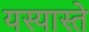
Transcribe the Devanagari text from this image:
यस्यास्ते